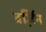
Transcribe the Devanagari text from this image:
वर्ज़िन